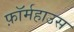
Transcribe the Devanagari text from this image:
फ़ॉर्महाउस